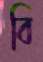
বি